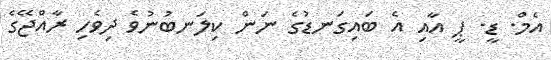
އެމް. ޑީ. ޕީ އާއި އެ ބައިގަނޑުގެ ނަން ކިލަނބުނުވެ ދިވެހި ރާއްޖޭގެ